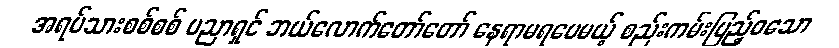
အရပ်သားစစ်စစ် ပညာရှင် ဘယ်လောက်တော်တော် နေရာမရပေမယ့် စည်းကမ်းပြည့်ဝသော